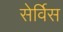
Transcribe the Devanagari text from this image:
सेर्विस